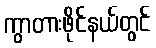
ကွာတားဖိုင်နယ်တွင်